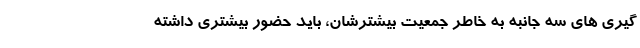
گیری های سه جانبه به خاطر جمعیت بیشترشان، باید حضور بیشتری داشته